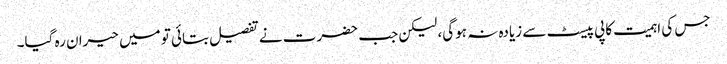
جس کی اہمیت کاپی پیسٹ سے زیادہ نہ ہوگی، لیکن جب حضرت نے تفصیل بتائی تو میں حیران رہ گیا۔